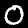
Digit: 0